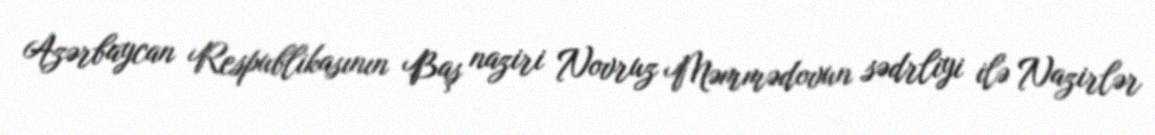
Azərbaycan Respublikasının Baş naziri Novruz Məmmədovun sədrliyi ilə Nazirlər